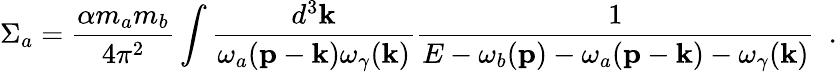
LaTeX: \Sigma_{a}=\frac{\alpha m_{a}m_{b}}{4\pi^{2}}\int\frac{d^{3}{\mathbf{k}}}{\omega_{a}({\mathbf{p}}-{\mathbf{k}})\omega_{\gamma}({\mathbf{k}})}\frac{1}{E-\omega_{b}({\mathbf{p}})-\omega_{a}({\mathbf{p}}-{\mathbf{k}})-\omega_{\gamma}({\mathbf{k}})}\ \ .